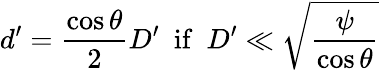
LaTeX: d^{\prime}=\frac{\cos\theta}{2}D^{\prime}\, \, \, \mathrm{if}\, \, \, D^{\prime}\ll\sqrt\frac{\psi}{{\cos\theta}}